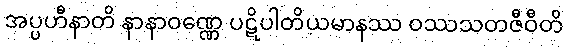
အပ္ပဟီနာတိ နာနာဝဏ္ဏေ ပဋိပါတိယမာနဿ ဝဿသတဇီဝီတိ